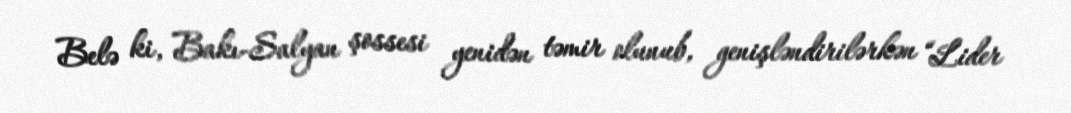
Belə ki, Bakı-Salyan şossesi yenidən təmir olunub, genişləndirilərkən “Lider